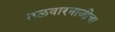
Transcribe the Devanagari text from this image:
तलवारबाजीचा